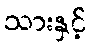
သားနှင့်